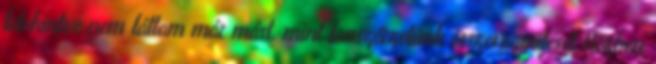
letekintve nem láttam már mást, mint fanszőrzetünk összevegyülését Közben